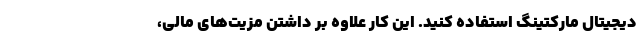
دیجیتال مارکتینگ استفاده کنید. این کار علاوه بر داشتن مزیت‌های مالی،